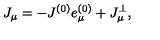
J _ { \mu } = - J ^ { ( 0 ) } e _ { \mu } ^ { ( 0 ) } + J _ { \mu } ^ { \bot } ,